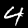
Label: 4